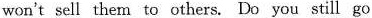
won't sell them to others. Do you still go